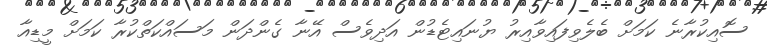
ސޮއިކުރާނެ ކަމަށް ބެލެވިފައިވާއިރު ޔުނައިޓެޑުން އަދިވެސް އޭނާ ގެންދަން މަސައްކަތްކުރާ ކަމަށް މީޑިއާ